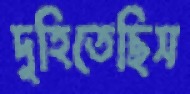
দুহিতেছিস